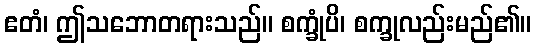
ဧတံ၊ ဤသဘောတရားသည်။ စက္ခုံပိ၊ စက္ခုလည်းမည်၏။